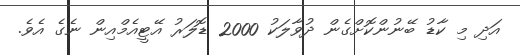
އަދި މި ކާޑު ބޭނުންކޮށްގެން ދުވާލަކު 2000 ޑޮލަރު އޭޓީއެމްއިން ނެގެ އެވެ.